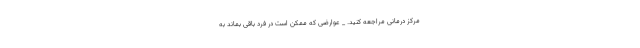
مرکز درمانی مراجعه کنید. _ عوارضی که ممکن است در فرد باقی بماند به